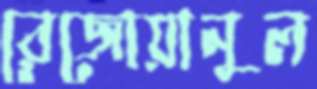
রেজোয়ানুল